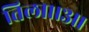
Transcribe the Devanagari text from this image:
तिला।।३।।